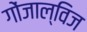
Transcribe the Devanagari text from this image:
गोंजाल्विज